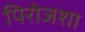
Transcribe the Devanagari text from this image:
पिरोजशा